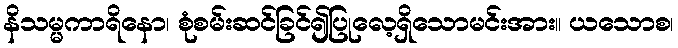
နိသမ္မကာရိနော၊ စုံစမ်းဆင်ခြင်၍ပြုလေ့ရှိသောမင်းအား။ ယသောစ၊